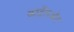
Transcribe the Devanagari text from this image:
कार्टेलऔर